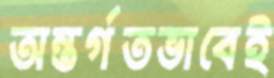
অন্তর্গতভাবেই